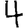
Digit: 4